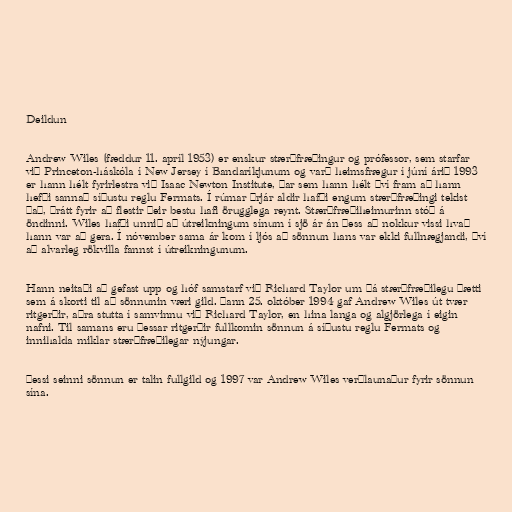
Deildun

Andrew Wiles (fæddur 11. apríl 1953) er enskur stærðfræðingur og prófessor, sem starfar
við Princeton-háskóla í New Jersey í Bandaríkjunum og varð heimsfrægur í júní árið 1993
er hann hélt fyrirlestra við Isaac Newton Institute, þar sem hann hélt því fram að hann
hefði sannað síðustu reglu Fermats. Í rúmar þrjár aldir hafði engum stærðfræðingi tekist
það, þrátt fyrir að flestir þeir bestu hafi örugglega reynt. Stærðfræðiheimurinn stóð á
öndinni. Wiles hafði unnið að útreikningum sínum í sjö ár án þess að nokkur vissi hvað
hann var að gera. Í nóvember sama ár kom í ljós að sönnun hans var ekki fullnægjandi, því
að alvarleg rökvilla fannst í útreikningunum.

Hann neitaði að gefast upp og hóf samstarf við Richard Taylor um þá stærðfræðilegu þætti
sem á skorti til að sönnunin væri gild. Þann 25. október 1994 gaf Andrew Wiles út tvær
ritgerðir, aðra stutta í samvinnu við Richard Taylor, en hina langa og algjörlega í eigin
nafni. Til samans eru þessar ritgerðir fullkomin sönnun á síðustu reglu Fermats og
innihalda miklar stærðfræðilegar nýjungar.

Þessi seinni sönnun er talin fullgild og 1997 var Andrew Wiles verðlaunaður fyrir sönnun
sína.